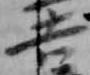
吉